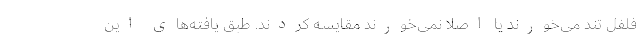
فلفل تند می‌خورند یا اصلاً نمی‌خورند مقایسه کردند. طبق یافته‌های این